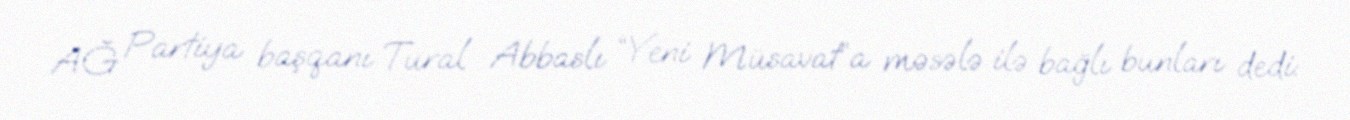
AĞ Partiya başqanı Tural Abbaslı “Yeni Müsavat”a məsələ ilə bağlı bunları dedi: